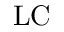
\mathrm { L C }